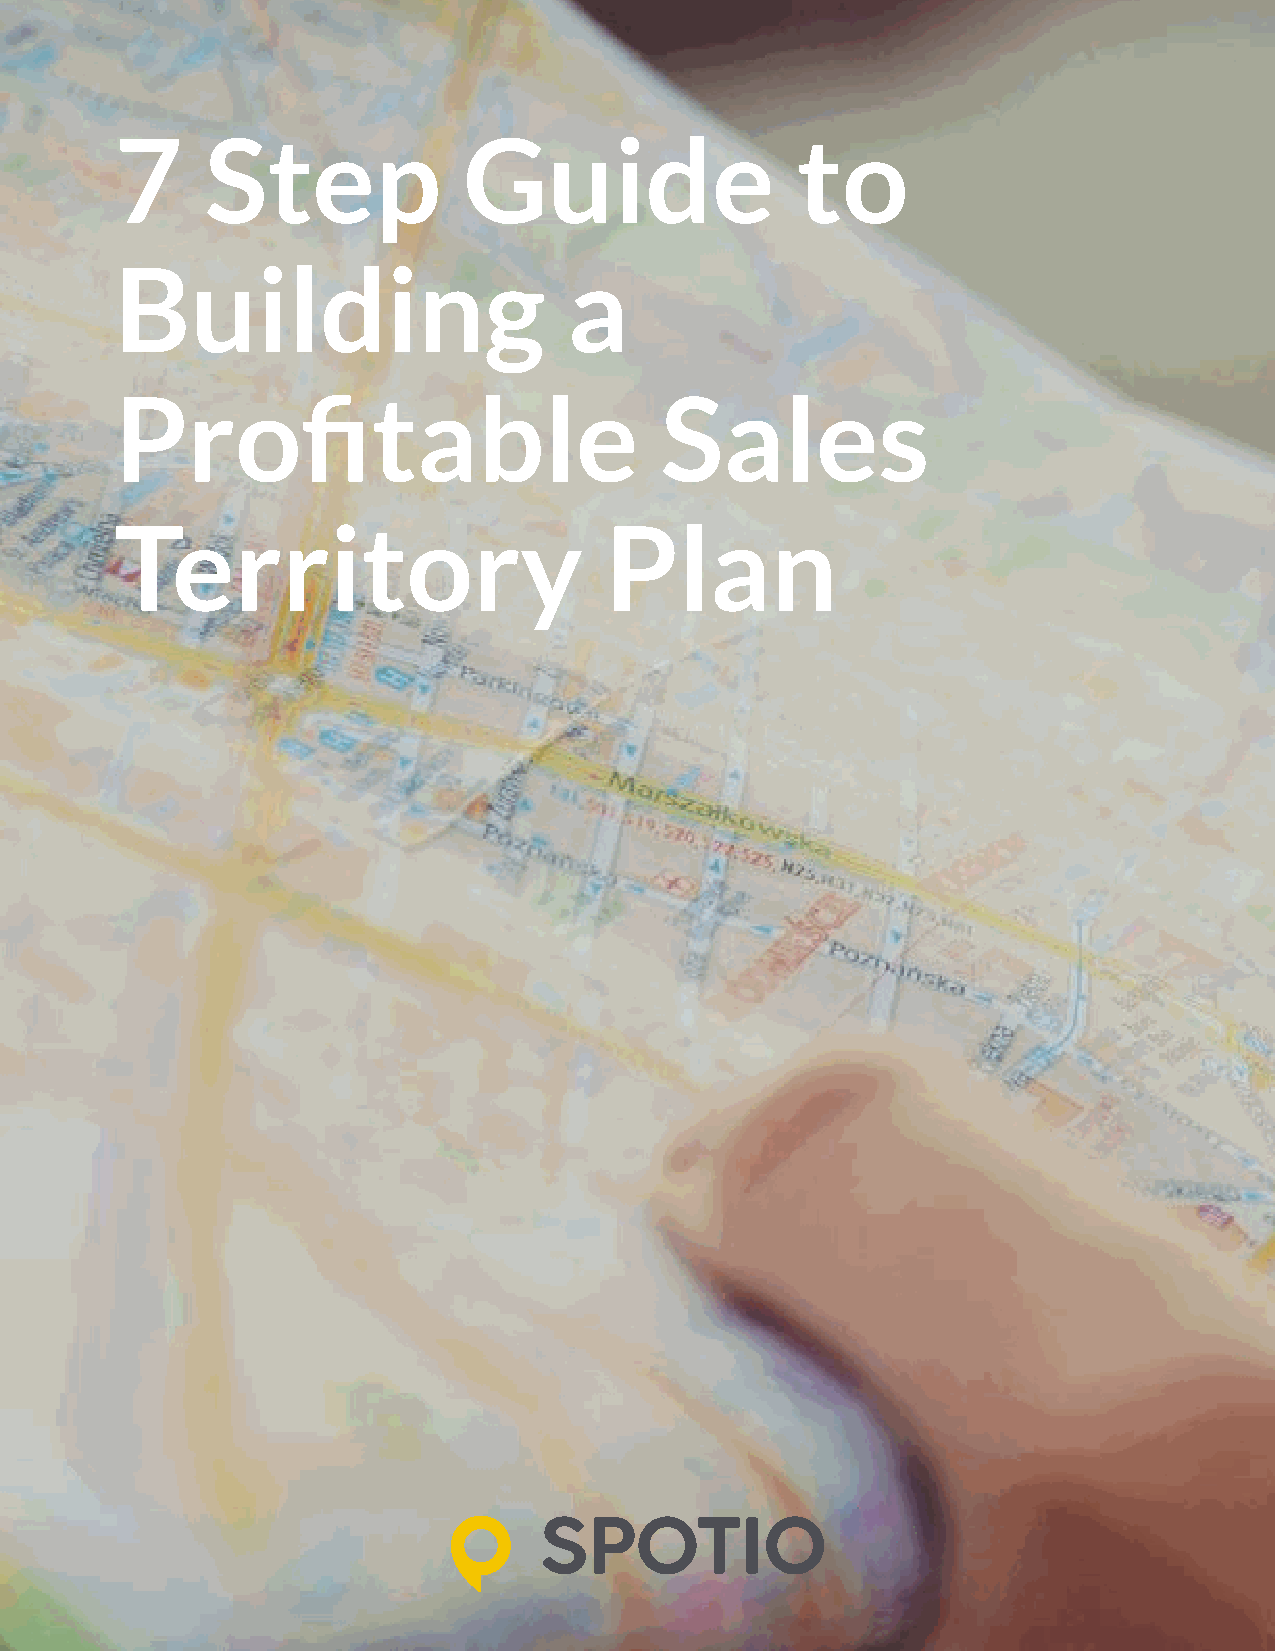
7     Step             Guide                 to
 Building                      a
 Profitable                          Sales
 Territory                       Plan